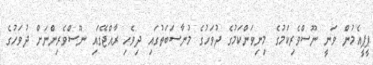
ޕީޕީއެމުން ވަނީ ނޫސްވެރިކަމުގެ މިނިވަންކަމުގެ ދުވަހުގެ މުނާސަބަތުގައި ދިވެހި ރާއްޖޭގައި ނޫސްވެރިންނަށް ދުވަހުގެ